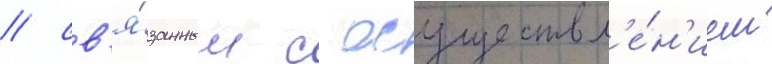
/ св'я́занным с осуществл'е́н'ием